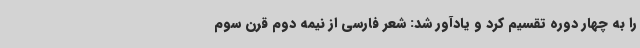
را به چهار دوره تقسیم کرد و یادآور شد: شعر فارسی از نیمه دوم قرن سوم